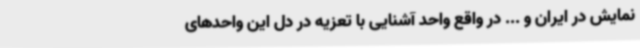
نمایش در ایران و ... در واقع واحد آشنایی با تعزیه در دل این واحدهای